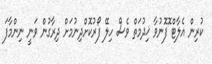
ކުރިން އެލާޓް ޮފޮނުވާ ޚިދުމަތް ވެސް ހިލޭ ފޯރުކޮށްދިނުމަށް ދިރާގުން ވަނީ ނިންމާފަ